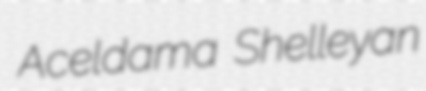
Aceldama Shelleyan